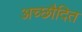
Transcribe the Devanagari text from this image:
अच्छाैदित